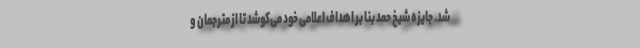
شد. جایزه شیخ حمد بنا بر اهداف اعلامی خود می‌کوشد تا از مترجمان و